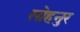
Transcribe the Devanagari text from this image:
सोहनुर